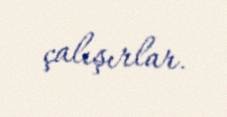
çalışırlar.